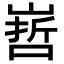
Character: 𭗀